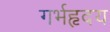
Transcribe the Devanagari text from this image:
गर्भहृदय